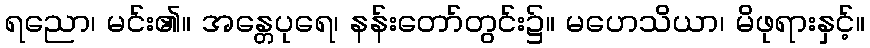
ရညော၊ မင်း၏။ အန္တေပုရေ၊ နန်းတော်တွင်း၌။ မဟေသိယာ၊ မိဖုရားနှင့်။